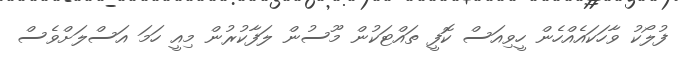
ފުލޯކު ވާހަކައެއްހެން ހީވިއަސް ކޮފީ ތައްޓަކުން މޫސުން ލަފާކުރުން މިއީ ހަމަ އަސްލަށްވެސް